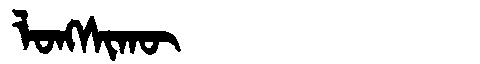
Manchu: ᠯᠣᠩᠰᡳᡴᡡ
Romanization: LONGSIKŪ